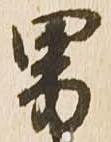
男